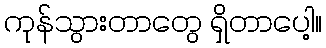
ကုန်သွားတာတွေ ရှိတာပေါ့။